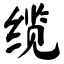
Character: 缆